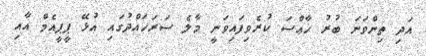
އަދި ތިންވަނަ ބުރު ޚާޢްސަ ކުރެވިފައިވަނީ މާލެ ސަރަހައްދުގައި އުޅޭ ޕީޕީއެމް އާއި